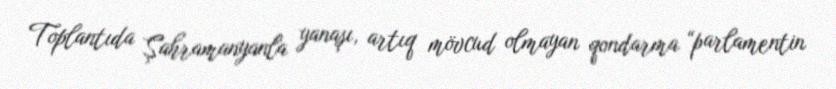
Toplantıda Şahramanyanla yanaşı, artıq mövcud olmayan qondarma “parlamentin